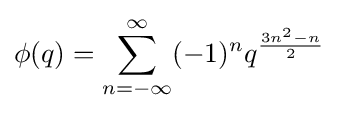
\phi (q)=\sum _{n=-\infty }^{\infty }(-1)^{n}q^{\frac {3n^{2}-n}{2}}